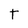
Character: T